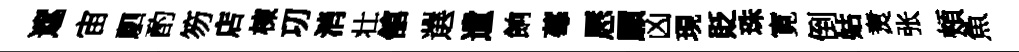
遮宙駟酌笏店棟㓛消壮舘選遺餉莓厯願凶現貶珠寛倒姑煑张頰魚